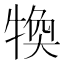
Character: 𤚙